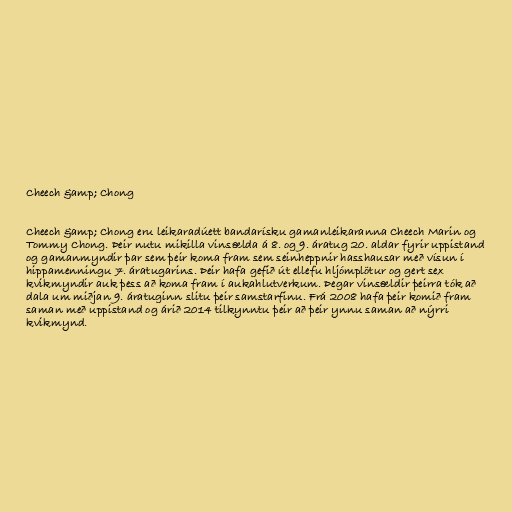
Cheech &amp; Chong

Cheech &amp; Chong eru leikaradúett bandarísku gamanleikaranna Cheech Marin og
Tommy Chong. Þeir nutu mikilla vinsælda á 8. og 9. áratug 20. aldar fyrir uppistand
og gamanmyndir þar sem þeir koma fram sem seinheppnir hasshausar með vísun í
hippamenningu 7. áratugarins. Þeir hafa gefið út ellefu hljómplötur og gert sex
kvikmyndir auk þess að koma fram í aukahlutverkum. Þegar vinsældir þeirra tók að
dala um miðjan 9. áratuginn slitu þeir samstarfinu. Frá 2008 hafa þeir komið fram
saman með uppistand og árið 2014 tilkynntu þeir að þeir ynnu saman að nýrri
kvikmynd.